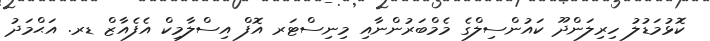
ކޮޅުމަޑުލު ހިރިލަންދޫ ކައުންސިލްގެ މެމްބަރުންނާއި މިނިސްޓަރ އޮފް އިސްލާމިކް އެފެއާޒް ޑރ. އަޙްމަދު